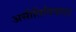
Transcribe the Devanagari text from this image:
असीतिनिपात।